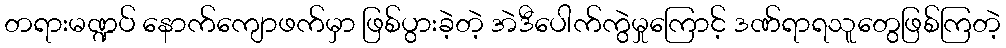
တရားမဏ္ဍပ် နောက်ကျောဖက်မှာ ဖြစ်ပွားခဲ့တဲ့ အဲဒီပေါက်ကွဲမှုကြောင့် ဒဏ်ရာရသူတွေဖြစ်ကြတဲ့